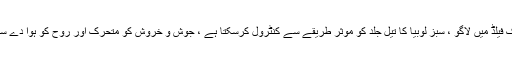
کاسمیٹک فیلڈ میں لاگو ، سبز لوبیا کا تیل جلد کو موثر طریقے سے کنٹرول کرسکتا ہے ، جوش و خروش کو متحرک اور روح کو ہوا دے سکتا ہے۔